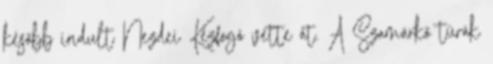
később indult Nezdei Kézfogó vette át. A Szamárkő túrák